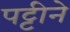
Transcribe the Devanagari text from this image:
पट्टीने